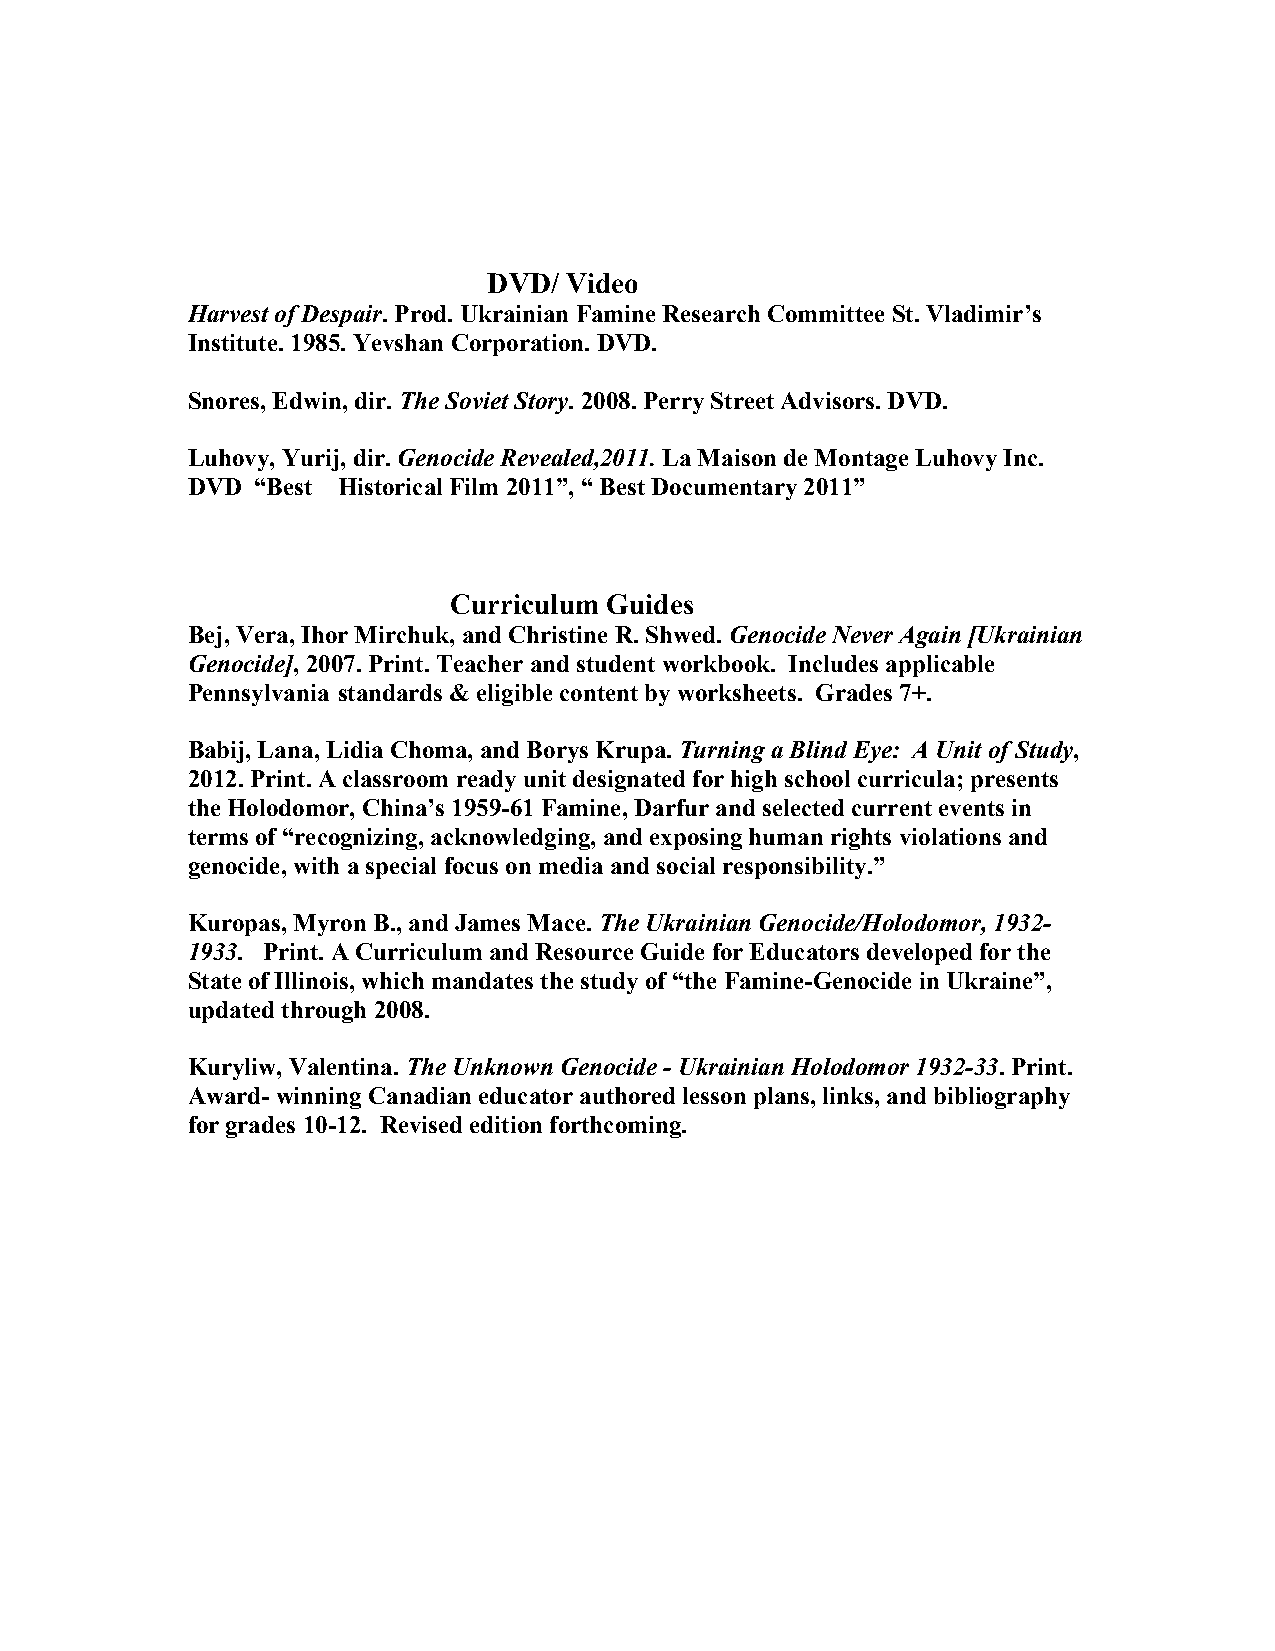
DVD/ Video
 Harvest of Despair. Prod. Ukrainian Famine Research Committee St. Vladimir’s
 Institute. 1985. Yevshan Corporation. DVD.
 Snores, Edwin, dir. The Soviet Story. 2008. Perry Street Advisors. DVD.
 Luhovy, Yurij, dir. Genocide Revealed,2011. La Maison de Montage Luhovy Inc.
 DVD  “Best Historical Film 2011”, “ Best Documentary 2011”
 Curriculum Guides
 Bej, Vera, Ihor Mirchuk, and Christine R. Shwed. Genocide Never Again [Ukrainian
 Genocide], 2007. Print. Teacher and student workbook. Includes applicable
 Pennsylvania standards & eligible content by worksheets. Grades 7+.
 Babij, Lana, Lidia Choma, and Borys Krupa. Turning a Blind Eye: A Unit of Study,
 2012. Print. A classroom ready unit designated for high school curricula; presents
 the Holodomor, China’s 1959-61 Famine, Darfur and selected current events in
 terms of “recognizing, acknowledging, and exposing human rights violations and
 genocide, with a special focus on media and social responsibility.”
 Kuropas, Myron B., and James Mace. The Ukrainian Genocide/Holodomor, 1932-
 1933. Print. A Curriculum and Resource Guide for Educators developed for the
 State of Illinois, which mandates the study of “the Famine-Genocide in Ukraine”,
 updated through 2008.
 Kuryliw, Valentina. The Unknown Genocide - Ukrainian Holodomor 1932-33. Print.
 Award- winning Canadian educator authored lesson plans, links, and bibliography
 for grades 10-12. Revised edition forthcoming.